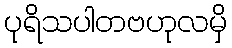
ပုရိသပါတဗဟုလမှိ